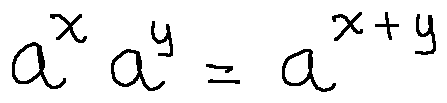
a ^ { x } a ^ { y } = a ^ { x + y }